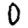
Digit: 0